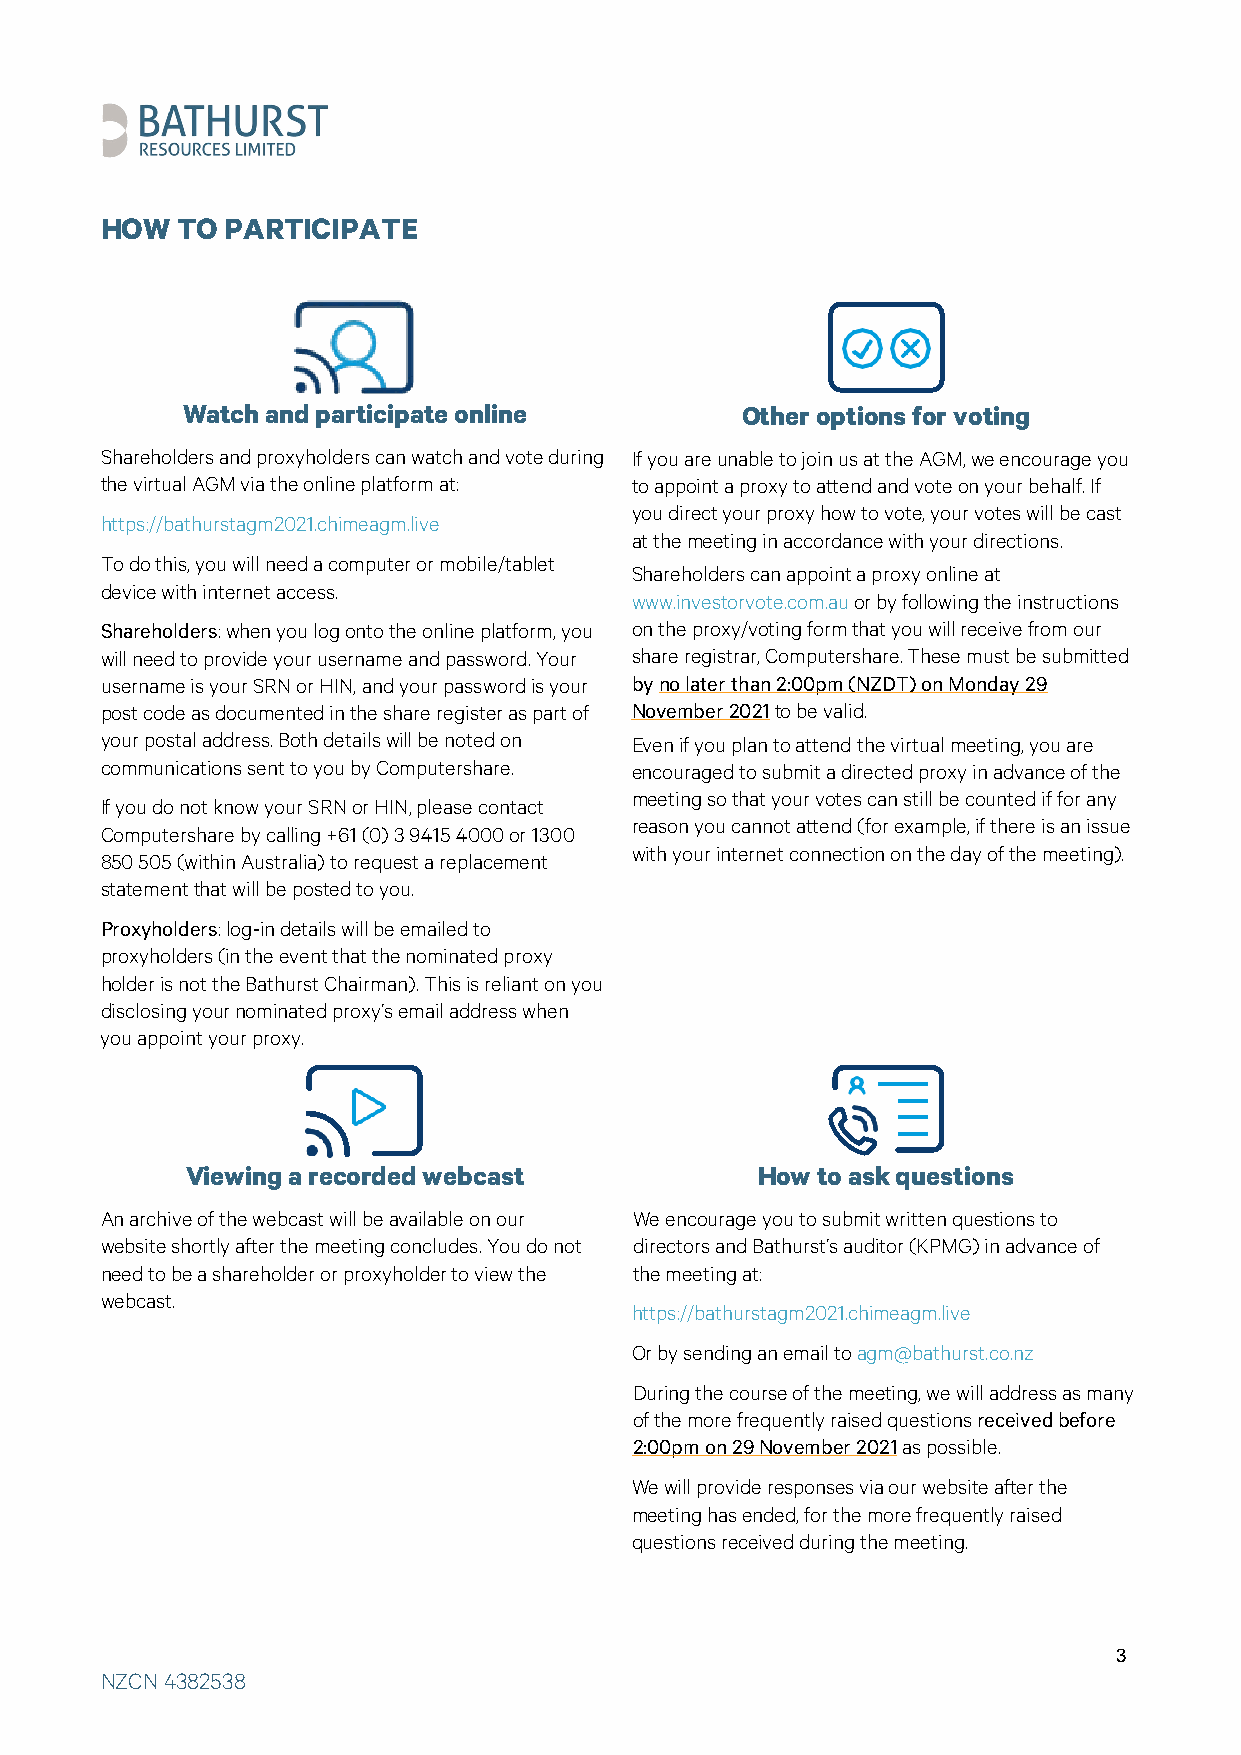
HOW  TO PARTICIPATE
 Watch and participate online         Other options for voting
 Shareholders and proxyholders can watch and vote during If you are unable to join us at the AGM, we encourage you
 the virtual AGM via the online platform at: to appoint a proxy to attend and vote on your behalf. If
 you direct your proxy how to vote, your votes will be cast
 https://bathurstagm2021.chimeagm.live
 at the meeting in accordance with your directions.
 To do this, you will need a computer or mobile/tablet
 Shareholders can appoint a proxy online at
 device with internet access.
 www.investorvote.com.au or by following the instructions
 Shareholders: when you log onto the online platform, you on the proxy/voting form that you will receive from our
 will need to provide your username and password. Your share registrar, Computershare. These must be submitted
 username is your SRN or HIN, and your password is your by no later than 2:00pm (NZDT) on Monday 29
 post code as documented in the share register as part of November 2021 to be valid.
 your postal address. Both details will be noted on Even if you plan to attend the virtual meeting, you are
 communications sent to you by Computershare. encouraged to submit a directed proxy in advance of the
 meeting so that your votes can still be counted if for any
 If you do not know your SRN or HIN, please contact
 reason you cannot attend (for example, if there is an issue
 Computershare by calling +61 (0) 3 9415 4000 or 1300
 with your internet connection on the day of the meeting).
 850 505 (within Australia) to request a replacement
 statement that will be posted to you.
 Proxyholders: log-in details will be emailed to
 proxyholders (in the event that the nominated proxy
 holder is not the Bathurst Chairman). This is reliant on you
 disclosing your nominated proxy’s email address when
 you appoint your proxy.
 Viewing a recorded webcast            How to ask questions
 An archive of the webcast will be available on our We encourage you to submit written questions to
 website shortly after the meeting concludes. You do not directors and Bathurst’s auditor (KPMG) in advance of
 need to be a shareholder or proxyholder to view the the meeting at:
 webcast.
 https://bathurstagm2021.chimeagm.live
 Or by sending an email to agm@bathurst.co.nz
 During the course of the meeting, we will address as many
 of the more frequently raised questions received before
 2:00pm on 29 November 2021 as possible.
 We will provide responses via our website after the
 meeting has ended, for the more frequently raised
 questions received during the meeting.
 3
 NZCN 4382538